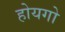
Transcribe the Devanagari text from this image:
होयगो